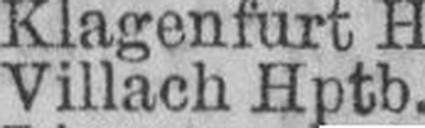
Villach Hptb.